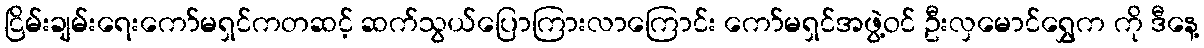
ငြိမ်းချမ်းရေးကော်မရှင်ကတဆင့် ဆက်သွယ်ပြောကြားလာကြောင်း ကော်မရှင်အဖွဲ့ဝင် ဦးလှမောင်ရွှေက ကို ဒီနေ့